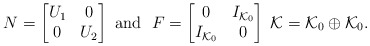
\begin{align*} N=\begin{bmatrix} U_1 & 0\\ 0 & U_2\\ \end{bmatrix} \ \mbox{and} \ \ F=\begin{bmatrix} 0 & I_{\mathcal{K}_0}\\ I_{\mathcal{K}_0} & 0\\ \end{bmatrix} \; \mathcal{K}=\mathcal{K}_0 \oplus \mathcal{K}_0.\end{align*}